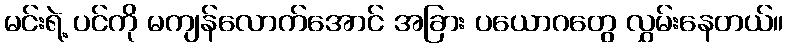
မင်းရဲ့ ပင်ကို မကျန်လောက်အောင် အခြား ပယောဂတွေ လွှမ်းနေတယ်။